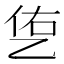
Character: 㐛